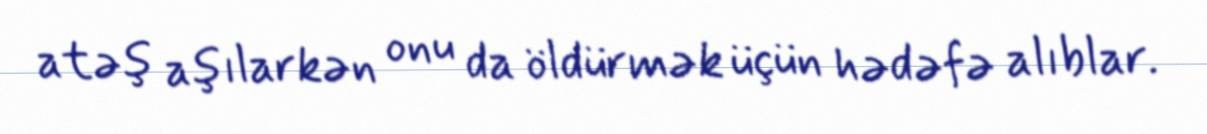
atəş aşılarkən onu da öldürmək üçün hədəfə alıblar.